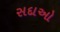
સદાઓ